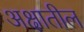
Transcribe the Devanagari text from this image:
अक्षातील